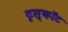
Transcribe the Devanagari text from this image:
ट्रस्कॉट